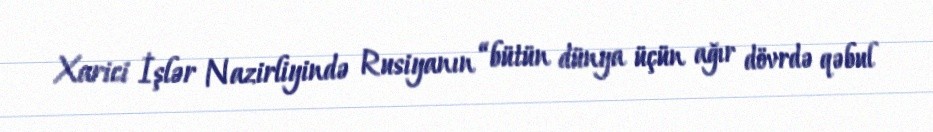
Xarici İşlər Nazirliyində Rusiyanın “bütün dünya üçün ağır dövrdə qəbul